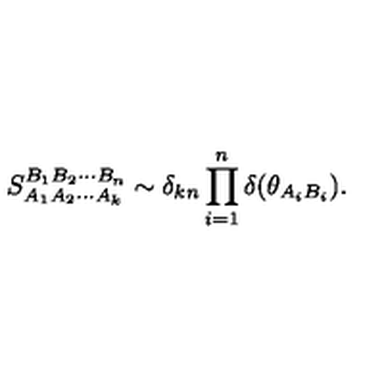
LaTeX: S _ { A _ { 1 } A _ { 2 } \cdots A _ { k } } ^ { B _ { 1 } B _ { 2 } \cdots B _ { n } } \sim \delta _ { k n } \prod _ { i = 1 } ^ { n } \delta ( \theta _ { A _ { i } B _ { i } } ) .